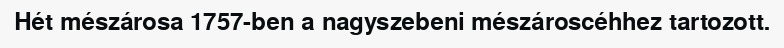
Hét mészárosa 1757-ben a nagyszebeni mészároscéhhez tartozott.